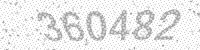
Solution: 360482